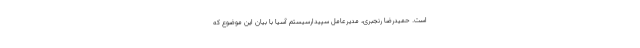
است. حمیدرضا رنجبری، مدیرعامل سپیدارسیستم آسیا با بیان این موضوع که